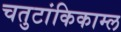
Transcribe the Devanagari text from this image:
चतुटांकिकाम्ल